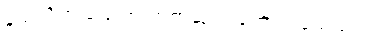
နယ်လီက ပြောရာ ဘုတ်ဆုံက ထောက်ခံသည်။